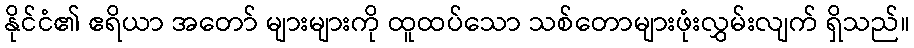
နိုင်ငံ၏ ဧရိယာ အတော် များများကို ထူထပ်သော သစ်တောများဖုံးလွှမ်းလျက် ရှိသည်။